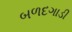
બળદગાડી